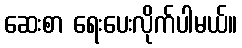
ဆေးစာ ရေးပေးလိုက်ပါမယ်။